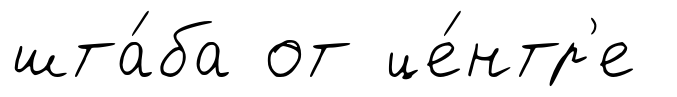
шта́ба от це́нтр'е